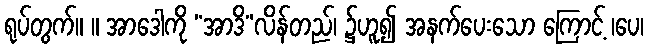
ရုပ်တွက်။ ။ အာဒေါကို “အာဒိ”လိန်တည်၊ ၌ဟူ၍ အနက်ပေးသော ကြောင့် ၊ပေ၊